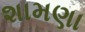
શામણા